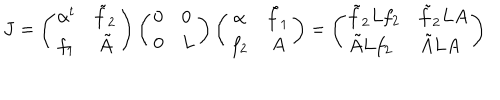
J = \left( \begin{array} { c c } { { \alpha ^ { t } } } & { { \tilde { f } _ { 2 } } } \\ { { f _ { 1 } } } & { { \tilde { A } } } \\ \end{array} \right) \left( \begin{array} { l l } { { 0 } } & { { 0 } } \\ { { 0 } } & { { L } } \\ \end{array} \right) \left( \begin{array} { c c } { { \alpha } } & { { \tilde { f } _ { 1 } } } \\ { { f _ { 2 } } } & { { A } } \\ \end{array} \right) = \left( \begin{array} { l l } { { \tilde { f } _ { 2 } L f _ { 2 } } } & { { \tilde { f } _ { 2 } L A } } \\ { { \tilde { A } L f _ { 2 } } } & { { \tilde { A } L A } } \\ \end{array} \right)